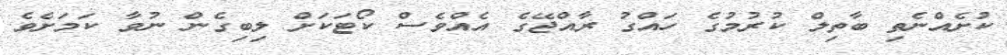
ކުށެއްނެތި ބާތިލް ކުރުމުގެ ހައްގު ރާއްޖޭގެ އެއްވެސް ކޯޓަކަށް ލިބިގެން ނުވާ ކަމަށެވެ.